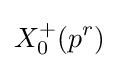
X_{0}^{+}(p^{r})